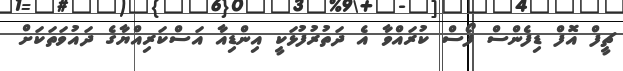
ޗީފް އޮފް ޑިފެންސް ފޯސް ކުރައްވާ އެ ދަތުރުފުޅަކީ އިންޑިއާ އަސްކަރިއްޔާގެ ދައުވަތަކަށް